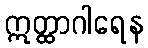
ဣတ္ထာဂါရေန